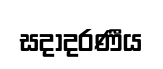
සදාදරණීය